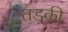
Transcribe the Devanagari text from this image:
तड़की